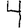
Digit: 4